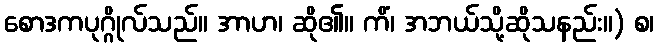
စောဒကပုဂ္ဂိုလ်သည်။ အာဟ၊ ဆို၏။ ကိံ၊ အဘယ်သို့ဆိုသနည်း။) စ၊